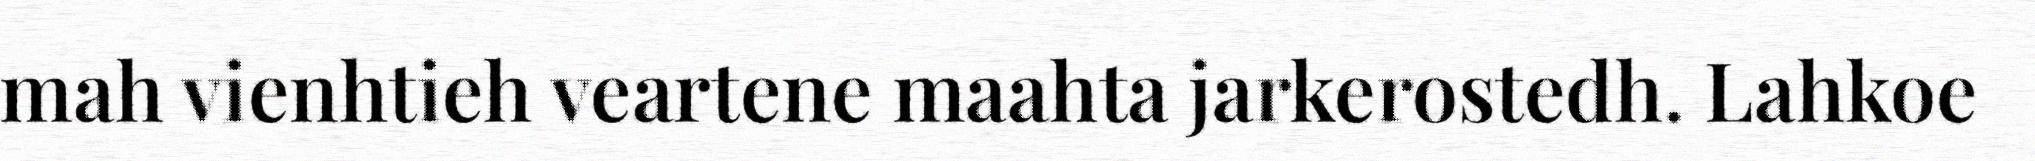
mah vienhtieh veartene maahta jarkerostedh. Lahkoe